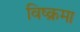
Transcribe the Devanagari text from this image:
विष्क्रमा